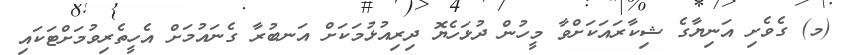
(މ) ގެވެށި އަނިޔާގެ ޝިކާރައަކަށްވާ މީހުން ދުޅަހެޔޮ ދިރިއުޅުމަކަށް އަނބުރާ ގެނައުމަށް އެހީތެރިވުމަށްޓަކައި